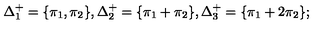
\Delta _ { 1 } ^ { + } = \{ \pi _ { 1 } , \pi _ { 2 } \} , \Delta _ { 2 } ^ { + } = \{ \pi _ { 1 } + \pi _ { 2 } \} , \Delta _ { 3 } ^ { + } = \{ \pi _ { 1 } + 2 \pi _ { 2 } \} ;